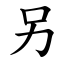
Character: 另